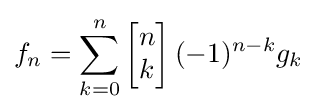
f_{n}=\sum _{k=0}^{n}\left[{\begin{matrix}n\\k\end{matrix}}\right](-1)^{n-k}g_{k}